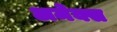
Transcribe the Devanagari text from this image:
अमेक्स